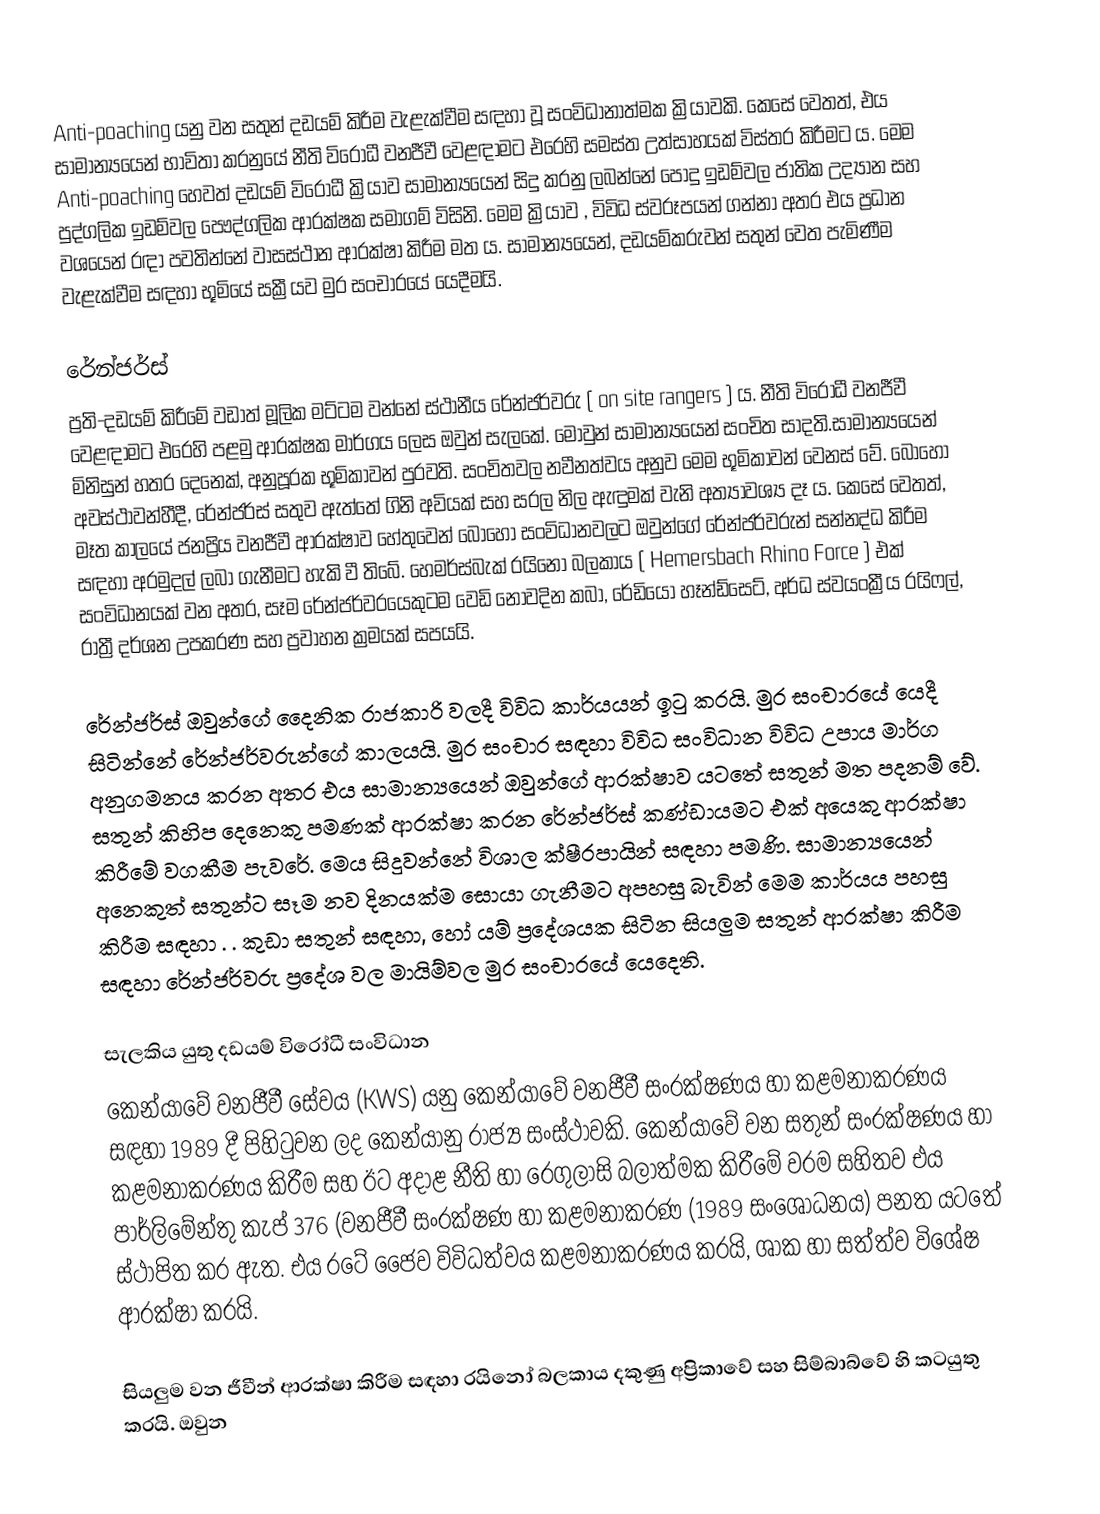
Anti-poaching යනු වන සතුන් දඩයම් කිරීම වැළැක්වීම සඳහා වූ සංවිධානාත්මක ක්‍රියාවකි.  කෙසේ වෙතත්, එය සාමාන්‍යයෙන් භාවිතා කරනුයේ නීති විරෝධී වනජීවී වෙළඳාමට එරෙහි සමස්ත උත්සාහයක් විස්තර කිරීමට ය. මෙම Anti-poaching හෙවත්  දඩයම් විරෝධී ක්‍රියාව සාමාන්‍යයෙන් සිදු කරනු ලබන්නේ පොදු ඉඩම්වල ජාතික උද්‍යාන සහ පුද්ගලික ඉඩම්වල පෞද්ගලික ආරක්ෂක සමාගම් විසිනි.  මෙම ක්‍රියාව ,  විවිධ ස්වරූපයන් ගන්නා අතර එය ප්‍රධාන වශයෙන් රඳා පවතින්නේ වාසස්ථාන ආරක්ෂා කිරීම මත ය.  සාමාන්‍යයෙන්, දඩයම්කරුවන් සතුන් වෙත පැමිණීම වැළැක්වීම සඳහා භූමියේ සක්‍රීයව මුර සංචාරයේ යෙදීමයි.

රේන්ජර්ස්
ප්‍රති-දඩයම් කිරීමේ වඩාත් මූලික මට්ටම වන්නේ ස්ථානීය රේන්ජර්වරු ( on site rangers ) ය.  නීති විරෝධී වනජීවී වෙළඳාමට එරෙහි පළමු ආරක්ෂක මාර්ගය ලෙස ඔවුන් සැලකේ.  මොවුන් සාමාන්‍යයෙන් සංචිත සාදති.සාමාන්‍යයෙන් මිනිසුන් හතර දෙනෙක්, අනුපූරක භූමිකාවන් පුරවති.  සංචිතවල නවීනත්වය අනුව මෙම භූමිකාවන් වෙනස් වේ.  බොහෝ අවස්ථාවන්හීදී, රේන්ජර්ස් සතුව ඇත්තේ ගිනි අවියක් සහ සරල නිල ඇඳුමක් වැනි අත්‍යාවශ්‍ය දෑ ය. කෙසේ වෙතත්, මෑත කාලයේ ජනප්‍රිය වනජීවී ආරක්ෂාව හේතුවෙන් බොහෝ සංවිධානවලට ඔවුන්ගේ රේන්ජර්වරුන් සන්නද්ධ කිරීම සඳහා අරමුදල් ලබා ගැනීමට හැකි වී තිබේ.  හෙමර්ස්බැක් රයිනෝ බලකාය  ( Hemersbach Rhino Force ) එක් සංවිධානයක් වන අතර, සෑම රේන්ජර්වරයෙකුටම වෙඩි නොවදින කබා, රේඩියෝ හෑන්ඩ්සෙට්, අර්ධ ස්වයංක්‍රීය රයිෆල්, රාත්‍රී දර්ශන උපකරණ සහ ප්‍රවාහන ක්‍රමයක් සපයයි.

රේන්ජර්ස් ඔවුන්ගේ දෛනික රාජකාරි වලදී විවිධ කාර්යයන් ඉටු කරයි. මුර සංචාරයේ යෙදී සිටින්නේ රේන්ජර්වරුන්ගේ කාලයයි. මුර සංචාර සඳහා විවිධ සංවිධාන විවිධ උපාය මාර්ග අනුගමනය කරන අතර එය සාමාන්‍යයෙන් ඔවුන්ගේ ආරක්ෂාව යටතේ සතුන් මත පදනම් වේ. සතුන් කිහිප දෙනෙකු පමණක් ආරක්ෂා කරන රේන්ජර්ස් කණ්ඩායමට එක් අයෙකු ආරක්ෂා කිරීමේ වගකීම පැවරේ.  මෙය සිදුවන්නේ විශාල ක්ෂීරපායින් සඳහා පමණි. සාමාන්‍යයෙන් අනෙකුත් සතුන්ට සෑම නව දිනයක්ම සොයා ගැනීමට අපහසු බැවින් මෙම කාර්යය පහසු කිරීම සඳහා . . කුඩා සතුන් සඳහා, හෝ යම් ප්‍රදේශයක සිටින සියලුම සතුන් ආරක්ෂා කිරීම සඳහා රේන්ජර්වරු ප්‍රදේශ වල මායිම්වල මුර සංචාරයේ යෙදෙති.

සැලකිය යුතු දඩයම් විරෝධී සංවිධාන
කෙන්යාවේ වනජීවී සේවය (KWS) යනු කෙන්යාවේ වනජීවී සංරක්ෂණය හා කළමනාකරණය සඳහා 1989 දී පිහිටුවන ලද කෙන්යානු රාජ්‍ය සංස්ථාවකි. කෙන්යාවේ වන සතුන් සංරක්ෂණය හා කළමනාකරණය කිරීම සහ ඊට අදාළ නීති හා රෙගුලාසි බලාත්මක කිරීමේ වරම සහිතව එය පාර්ලිමේන්තු කැප් 376 (වනජීවී සංරක්ෂණ හා කළමනාකරණ (1989 සංශෝධනය) පනත යටතේ ස්ථාපිත කර ඇත. එය රටේ ජෛව විවිධත්වය කළමනාකරණය කරයි, ශාක හා සත්ත්ව විශේෂ ආරක්ෂා කරයි.

සියලුම වන ජීවීන් ආරක්ෂා කිරීම සඳහා රයිනෝ බලකාය දකුණු අප්‍රිකාවේ සහ සිම්බාබ්වේ හි කටයුතු කරයි. ඔවුන